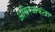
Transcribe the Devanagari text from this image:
अतिरंजकता